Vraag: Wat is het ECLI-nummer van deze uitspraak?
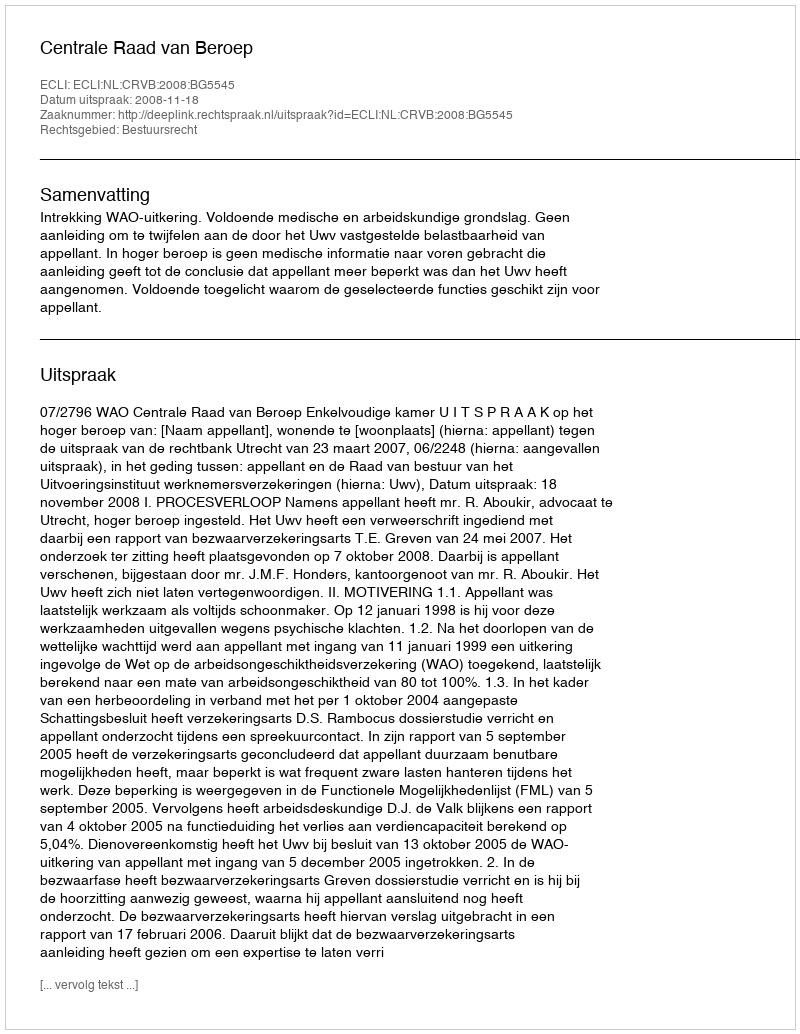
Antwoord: ECLI:NL:CRVB:2008:BG5545